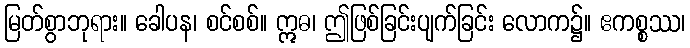
မြတ်စွာဘုရား။ ခေါပန၊ စင်စစ်။ ဣဓ၊ ဤဖြစ်ခြင်းပျက်ခြင်း လောက၌။ ဧကစ္စဿ၊